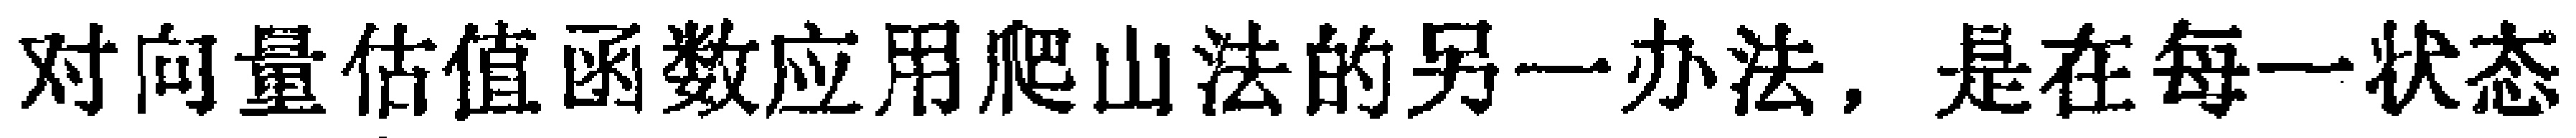
对向量估值函数应用爬山法的另一办法，是在每一状态